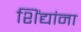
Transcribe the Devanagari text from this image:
शिंद्यांना